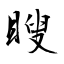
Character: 瞍